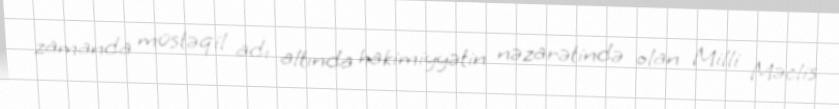
zamanda müstəqil adı altında hakimiyyətin nəzarətində olan Milli Məclis